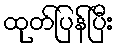
ထုတ်ပြန်ပြီး